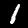
Digit: 1